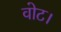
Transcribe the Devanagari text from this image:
वोट।